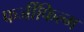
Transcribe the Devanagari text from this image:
फर्जीफिल्म